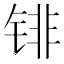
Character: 𰾐